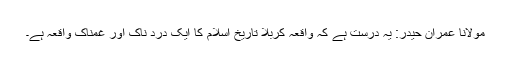
مولانا عمران حیدر: یہ درست ہے کہ واقعہ کربلا تاریخ اسلام کا ایک درد ناک اور غمناک واقعہ ہے۔